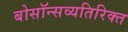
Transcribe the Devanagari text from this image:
बोसॉन्सव्यतिरिक्त